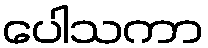
ပေါသကာ